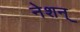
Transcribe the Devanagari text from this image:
नेशन्